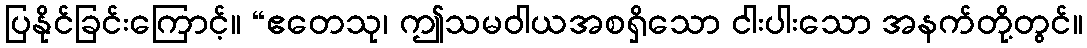
ပြနိုင်ခြင်းကြောင့်။ “ဧတေသု၊ ဤသမဝါယအစရှိသော ငါးပါးသော အနက်တို့တွင်။